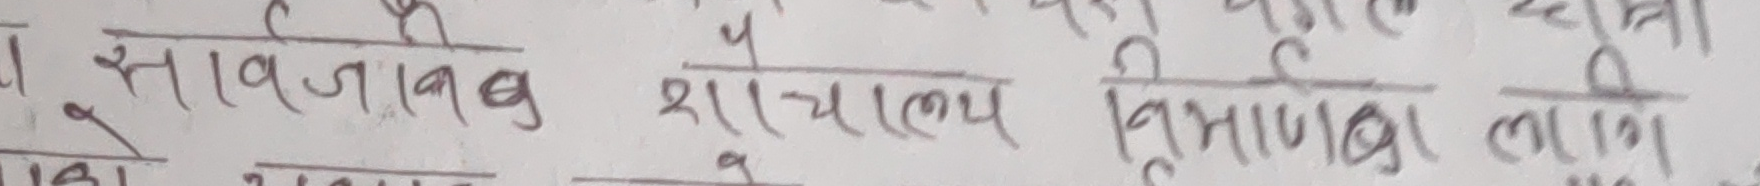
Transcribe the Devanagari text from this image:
सार्वजनिक शास्त्रालय विभाग कल्याण